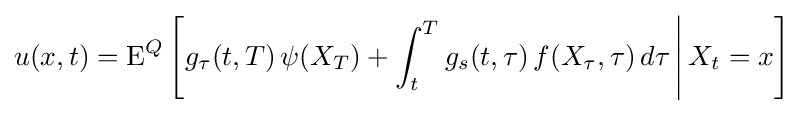
u(x,t)=\operatorname {E} ^{Q}\left[g_{\tau }(t,T)\,\psi (X_{T})+\int _{t}^{T}g_{s}(t,\tau )\,f(X_{\tau },\tau )\,d\tau \,{\Bigg |}\,X_{t}=x\right]